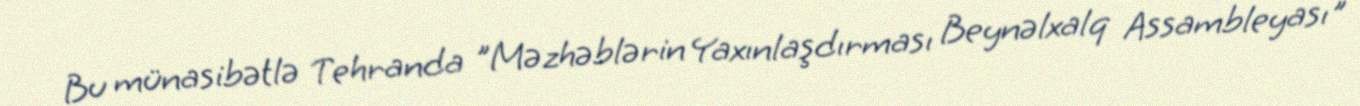
Bu münasibətlə Tehranda "Məzhəblərin Yaxınlaşdırması Beynəlxalq Assambleyası"